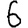
Digit: 6